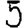
Digit: 5